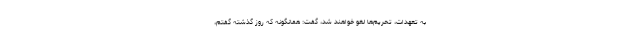
به تعهدات، تحریم‌ها لغو خواهند شد، گفت: همانگونه که روز گذشته گفتم،